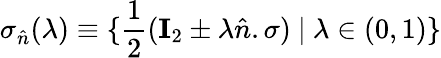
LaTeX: \sigma_{\hat{n}}(\lambda)\equiv\{ \frac{1}{2}(\mathbf{I}_{2}\pm\lambda\hat{n}.\sigma)~|~\lambda\in(0,1)\}